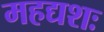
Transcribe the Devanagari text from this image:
महद्यशः